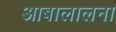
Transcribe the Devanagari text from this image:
आबालालना